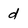
Character: d